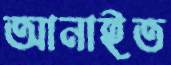
আনাইত